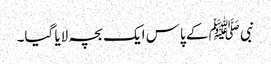
نبی ﷺ کے پاس ایک بچہ لایا گیا۔